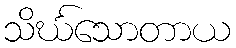
သိင်္ဃသောတာယ